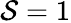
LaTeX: \mathcal{S}=1